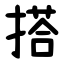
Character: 搭